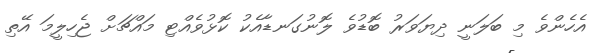
އެހެންވެ މި ބަލަނީ ދިޔަވަރު ބޮޑުވެ ލޮނުގަނޑާއެކު ކޮޅުވެއްޓި މައްޗަށް ޖެހިލީމަ އޭތި